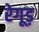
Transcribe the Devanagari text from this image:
रेगूड़